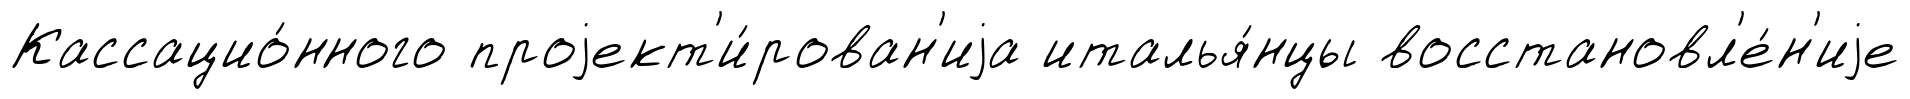
Кассацио́нного проjект'и́рован'иjа италья́нцы восстановл'е́н'иjе